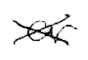
Text: or
Cross-out: cross
Writing tool: digital_black